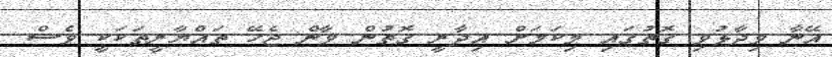
އޭނާ ވިދާޅުވި ގޮތުގައި މިކަމަށް އިދާރީ ގޮތުން ވާން ޖެހޭ ތައްޔާރީތަކަކީ ވެސް